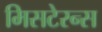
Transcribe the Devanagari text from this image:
मिसटेरन्स